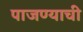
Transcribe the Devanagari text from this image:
पाजण्याची